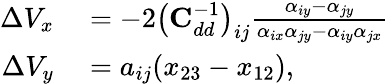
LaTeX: \begin{array}{rl}{\Delta V_{x}}&{{}=-2\big(\mathrm{\textbf{C}}_{dd}^{-1}\big)_{ij}\frac{\alpha_{iy}-\alpha_{jy}}{\alpha_{ix}\alpha_{jy}-\alpha_{iy}\alpha_{jx}}}\\ {\Delta V_{y}}&{{}=a_{ij}(x_{23}-x_{12}),}\end{array}